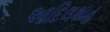
આદિલશાહ